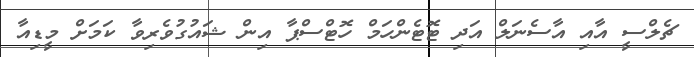
ޗެލްސީ އާއި އާސެނަލް އަދި ޓޮޓެންހަމް ހޮޓްސްޕާ އިން ޝައުގުވެރިވާ ކަމަށް މީޑިއާ